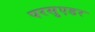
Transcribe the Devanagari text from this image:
परसुएडर